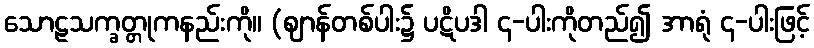
သောဠသက္ခတ္တုကနည်းကို။ (ဈာန်တစ်ပါး၌ ပဋိပဒါ ၄-ပါးကိုတည်၍ အာရုံ ၄-ပါးဖြင့်